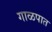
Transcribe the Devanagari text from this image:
गाळपात